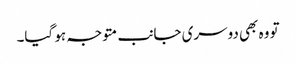
تو وہ بھی دوسری جانب متوجہ ہو گیا۔